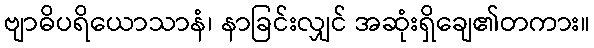
ဗျာဓိပရိယောသာနံ၊ နာခြင်းလျှင် အဆုံးရှိချေ၏တကား။